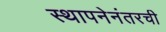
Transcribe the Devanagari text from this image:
स्थापनेनंतरची